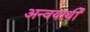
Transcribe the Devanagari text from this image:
अन्वयार्थी